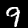
Label: 9